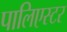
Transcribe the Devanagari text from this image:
पालिएस्टर